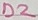
Text: D2